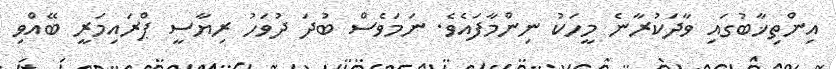
އިންތިޚާބުގައި ވާދަކުރާނެ މީހަކު ނިންމާފައެވެ. ނަމަވެސް ބުދަ ދުވަހު ރިޔާސީ ޕްރައިމަރީ ބޭއްވި